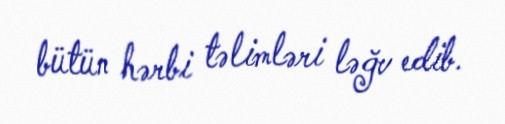
bütün hərbi təlimləri ləğv edib.